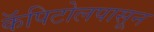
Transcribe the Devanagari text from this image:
कॅपिटोलपासून